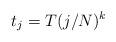
LaTeX: \begin{align*}t_j = T (j/N)^k\end{align*}